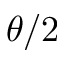
\theta / 2